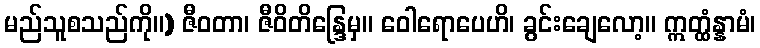
မည်သူစသည်ကို။) ဇီဝတာ၊ ဇီဝိတိန္ဒြေမှ။ ဝေါရောပေဟိ၊ ခွင်းချေလော့။ ဣတ္ထံန္နာမံ၊